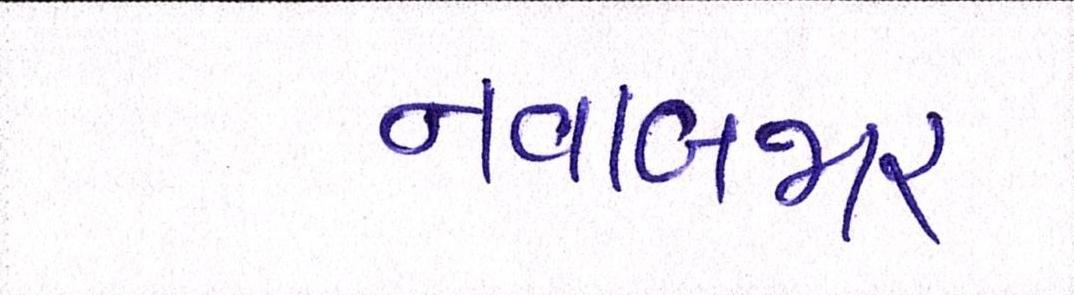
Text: નવાબજાર